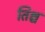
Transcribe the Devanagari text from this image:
तिश्च